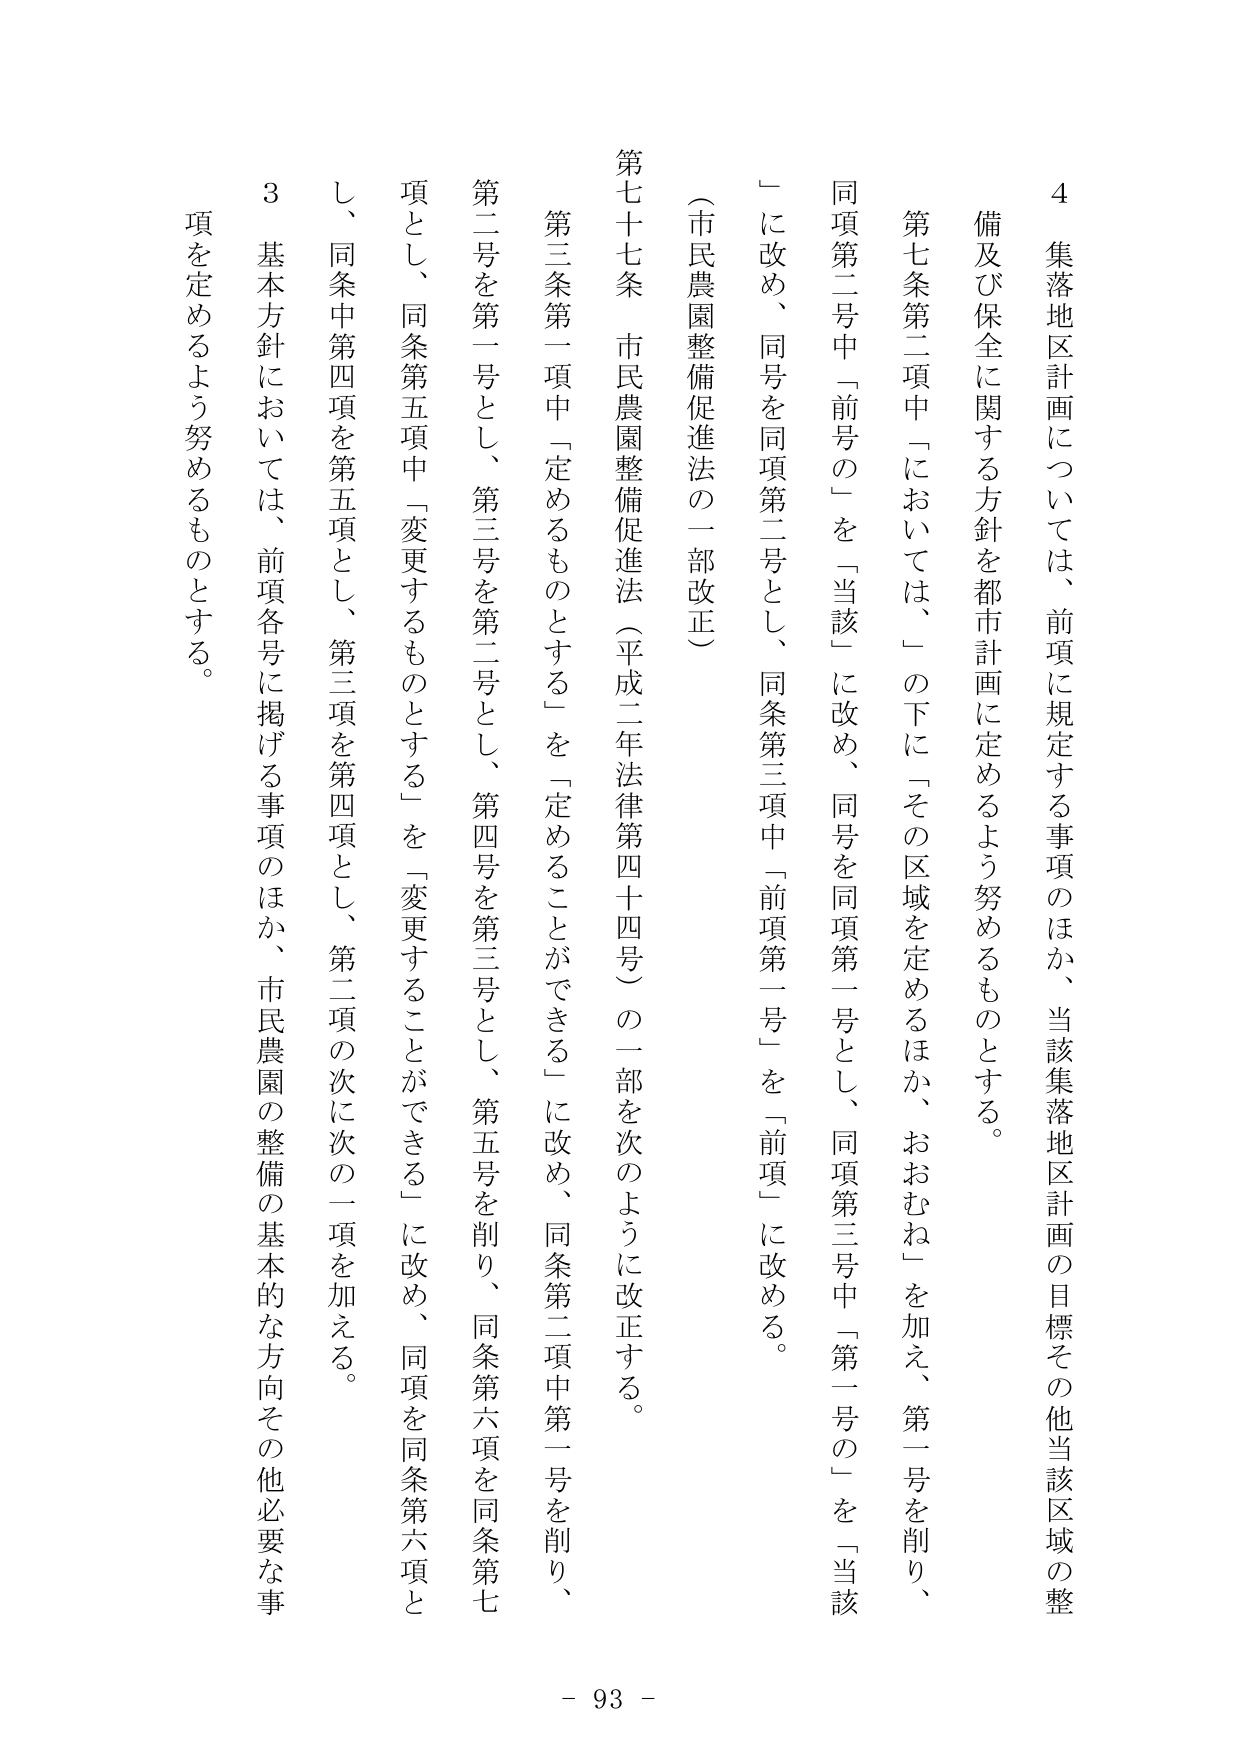
4 集落地区計画については、前項に規定する事項のほか、当該集落地区計画の目標その他当該区域の整備及び保全に関する方針を都市計画に定めるよう努めるものとする。

第七条第二項中「においては、」の下に「その区域を定めるほか、おおむね」を加え、第一号を削り、同項第二号中「前号の」を「当該」に改め、同号を同項第一号とし、同項第三号中「第一号の」を「当該」に改め、同号を同項第二号とし、同条第三項中「前項第一号」を「前項」に改める。

（市民農園整備促進法の一部改正）

第七十七条 市民農園整備促進法（平成二年法律第四十四号）の一部を次のように改正する。

第三条第一項中「定めるものとする」を「定めることができる」に改め、同条第二項中第一号を削り、第二号を第一号とし、第三号を第二号とし、第四号を第三号とし、第五号を削り、同条第六項を同条第七項とし、同条第五項中「変更するものとする」を「変更することができる」に改め、同項を同条第六項とし、同条中第四項を第五項とし、第三項を第四項とし、第二項の次に次の一項を加える。

3 基本方針においては、前項各号に掲げる事項のほか、市民農園の整備の基本的な方向その他必要な事項を定めるよう努めるものとする。

- 93 -